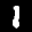
Label: 1